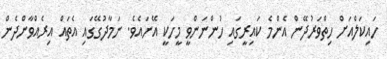
ހައިކަލްއަށް ހިތްވަރުދޭން އެންމެ ކައިރީގައި ހުންނަންވީ މީހަކީ އޭނައެވެ. ނަމާދުގޭގައި އެތައް އިރެއްވާންދެން